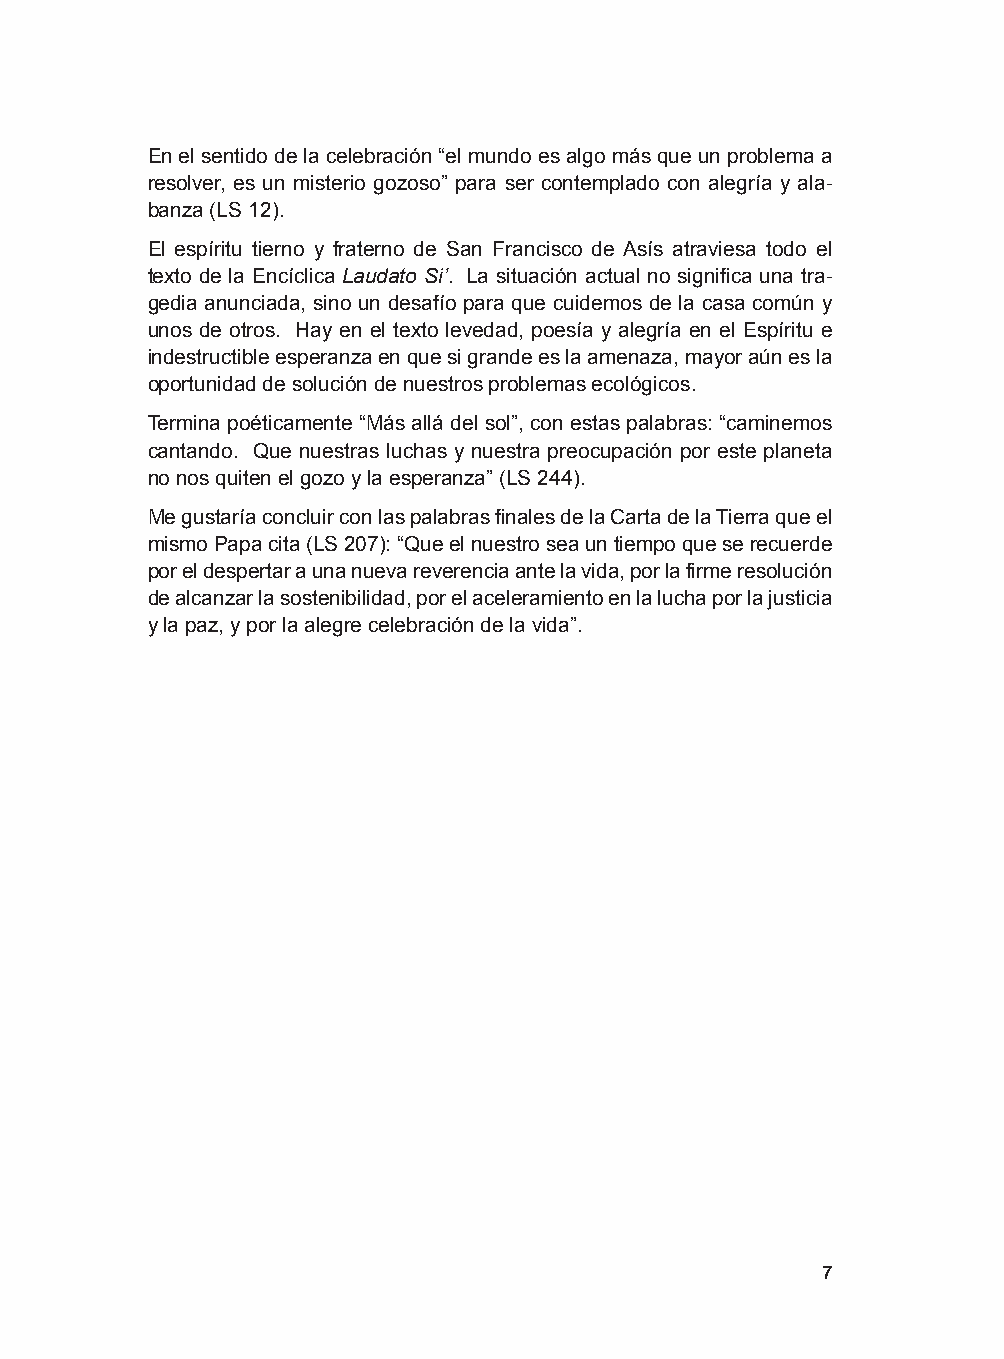
En el sentido de la celebración “el mundo es algo más que un problema a
 resolver, es un misterio gozoso” para ser contemplado con alegría y ala-
 banza (LS 12).
 El espíritu tierno y fraterno de San Francisco de Asís atraviesa todo el
 texto de la Encíclica Laudato Si’. La situación actual no significa una tra-
 gedia anunciada, sino un desafío para que cuidemos de la casa común y
 unos de otros. Hay en el texto levedad, poesía y alegría en el Espíritu e
 indestructible esperanza en que si grande es la amenaza, mayor aún es la
 oportunidad de solución de nuestros problemas ecológicos.
 Termina poéticamente “Más allá del sol”, con estas palabras: “caminemos
 cantando. Que nuestras luchas y nuestra preocupación por este planeta
 no nos quiten el gozo y la esperanza” (LS 244).
 Me gustaría concluir con las palabras finales de la Carta de la Tierra que el
 mismo Papa cita (LS 207): “Que el nuestro sea un tiempo que se recuerde
 por el despertar a una nueva reverencia ante la vida, por la firme resolución
 de alcanzar la sostenibilidad, por el aceleramiento en la lucha por la justicia
 y la paz, y por la alegre celebración de la vida”.
 7